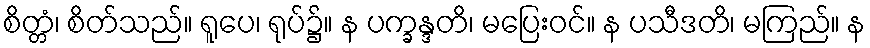
စိတ္တံ၊ စိတ်သည်။ ရူပေ၊ ရုပ်၌။ န ပက္ခန္ဒတိ၊ မပြေးဝင်။ န ပသီဒတိ၊ မကြည်။ န